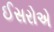
ઈસરોએ